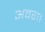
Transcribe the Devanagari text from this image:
अवरा।